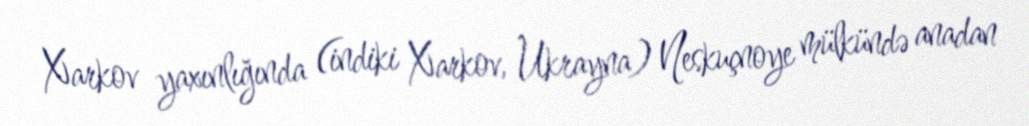
Xarkov yaxınlığında (indiki Xarkov, Ukrayna) Neskuçnoye mülkündə anadan